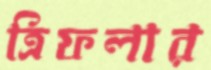
ত্রিফলার